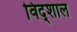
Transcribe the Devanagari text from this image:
विद्शाल